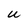
Character: U